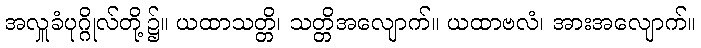
အလှူခံပုဂ္ဂိုလ်တို့၌။ ယထာသတ္တိ၊ သတ္တိအလျောက်။ ယထာဗလံ၊ အားအလျောက်။